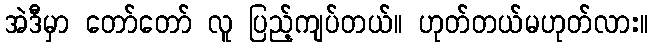
အဲဒီမှာ တော်တော် လူ ပြည့်ကျပ်တယ်။ ဟုတ်တယ်မဟုတ်လား။